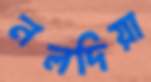
নলদিয়া